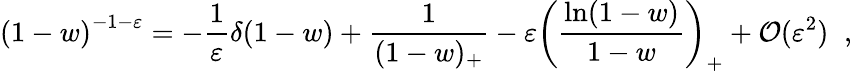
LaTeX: \left(1-w\right)^{-1-\varepsilon}=-\frac{1}{\varepsilon}\delta(1-w)+\frac{1}{(1-w)_{+}}-\varepsilon\left(\frac{\ln(1-w)}{1-w}\right)_{+}+{\cal O}(\varepsilon^{2})\; \; ,